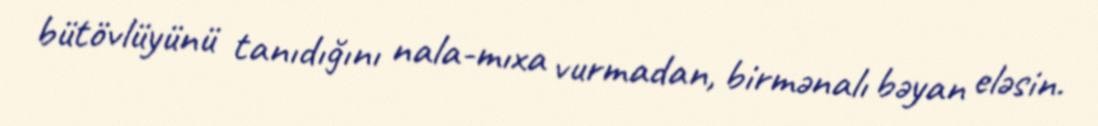
bütövlüyünü tanıdığını nala-mıxa vurmadan, birmənalı bəyan eləsin.